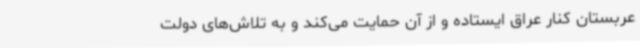
عربستان کنار عراق ایستاده و از آن حمایت می‌کند و به تلاش‌های دولت